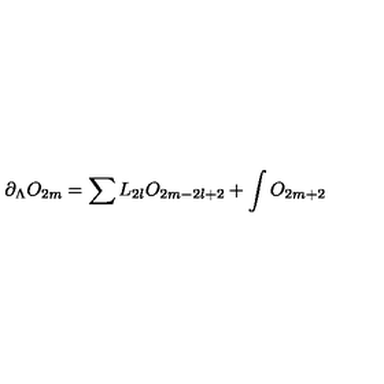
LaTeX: \partial _ { \Lambda } O _ { 2 m } = \sum L _ { 2 l } O _ { 2 m - 2 l + 2 } + \int O _ { 2 m + 2 }